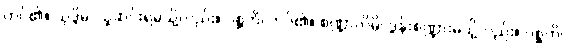
ကပ်၏။ သုဒ္ဒိမ္ပိ၊ သူဆင်းရဲမသို့လည်း။ ဂစ္ဆတိ၊ ကပ်၏။ စဏ္ဍာလိမ္ပိ၊ ဒွန်းစဏ္ဍားမသို့လည်း။ ဂစ္ဆတိ၊